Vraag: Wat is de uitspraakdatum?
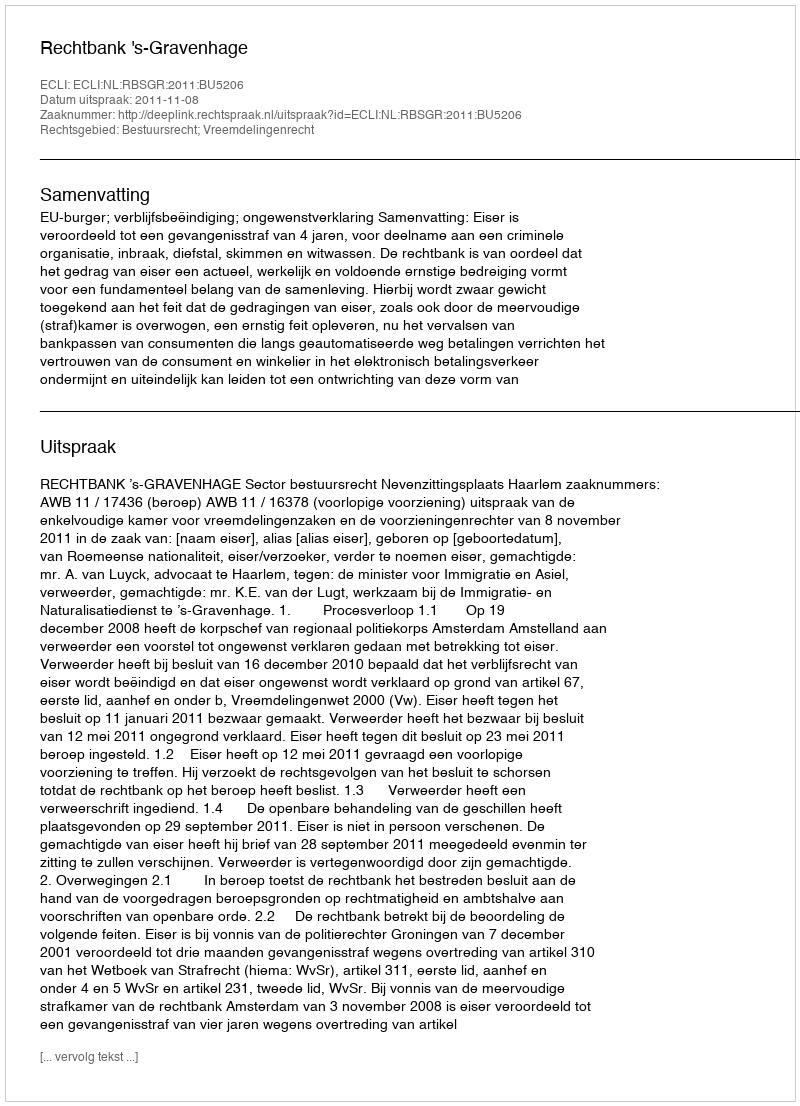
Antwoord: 2011-11-08